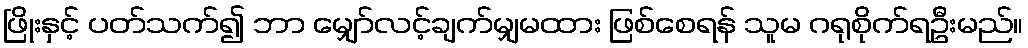
ဖြိုးနှင့် ပတ်သက်၍ ဘာ မျှော်လင့်ချက်မျှမထား ဖြစ်စေရန် သူမ ဂရုစိုက်ရဦးမည်။